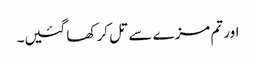
اور تم مزے سے تل کر کھا گئیں۔